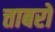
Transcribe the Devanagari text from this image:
त्ताबरों